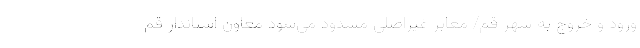
ورود و خروج به شهر قم/ معابر غیراصلی مسدود می‌شود معاون استاندار قم